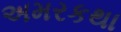
અમરકથા